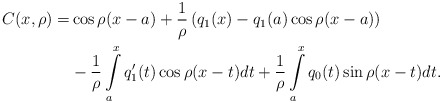
\begin{align*}\begin{aligned}C(x,\rho)=&\cos \rho (x-a)+\frac{1}{\rho}\left(q_{1}(x)-q_{1}(a)\cos \rho(x-a)\right)\\&-\frac{1}{\rho}\int\limits_{a}^{x}q_{1}^{\prime }(t)\cos \rho (x-t)dt+\frac{1}{\rho}\int\limits_{a}^{x}q_{0}(t)\sin \rho (x-t)dt.\end{aligned}\end{align*}